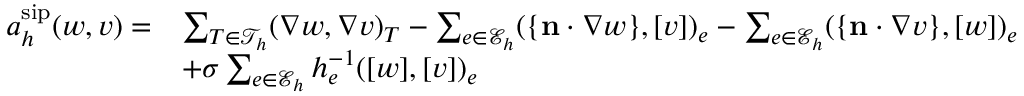
\begin{array} { r l } { a _ { h } ^ { \mathrm { s i p } } ( w , v ) = } & { \sum _ { T \in \mathcal { T } _ { h } } ( \nabla w , \nabla v ) _ { T } - \sum _ { e \in \mathcal { E } _ { h } } ( \{ \mathbf { n } \cdot \nabla w \} , [ v ] ) _ { e } - \sum _ { e \in \mathcal { E } _ { h } } ( \{ \mathbf { n } \cdot \nabla v \} , [ w ] ) _ { e } } \\ & { + \sigma \sum _ { e \in \mathcal { E } _ { h } } h _ { e } ^ { - 1 } ( [ w ] , [ v ] ) _ { e } } \end{array}